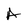
Character: A